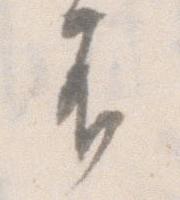
不